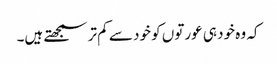
کہ وہ خود ہی عورتوں کو خود سے کم تر سمجھتے ہیں۔